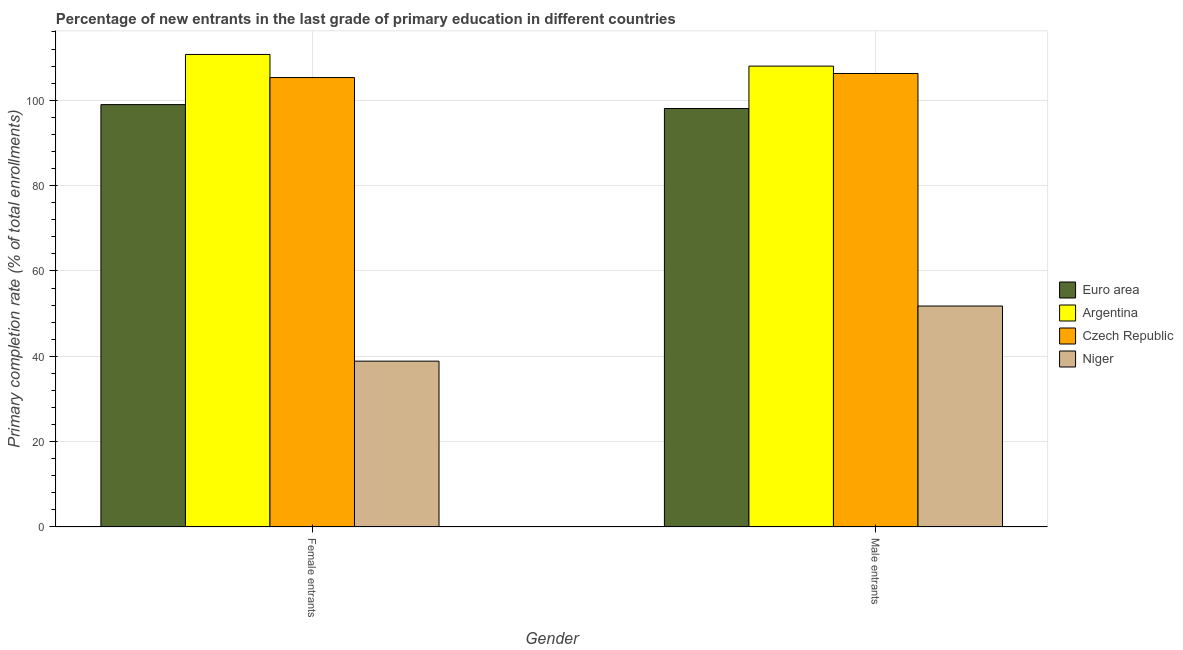
| Gender | Euro area | Argentina | Czech Republic | Niger |
 | --- | --- | --- | --- | --- |
 | Female entrants | 99 | 111 | 105 | 38.9 |
 | Male entrants | 98.1 | 108 | 106 | 51.8 |